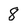
Character: 8